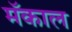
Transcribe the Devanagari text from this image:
मॅकाल